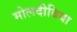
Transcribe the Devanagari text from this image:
मोलदीविया